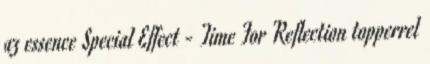
az essence Special Effect - Time For Reflection topperrel